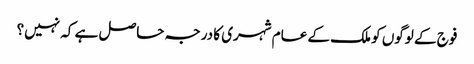
فوج کے لوگوں کو ملک کے عام شہری کا درجہ حاصل ہے کہ نہیں؟